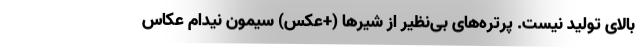
بالای تولید نیست. پرتره‌های بی‌نظیر از شیر‌ها (+عکس) سیمون نیدام عکاس